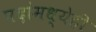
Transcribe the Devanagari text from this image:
पदांमध्येही